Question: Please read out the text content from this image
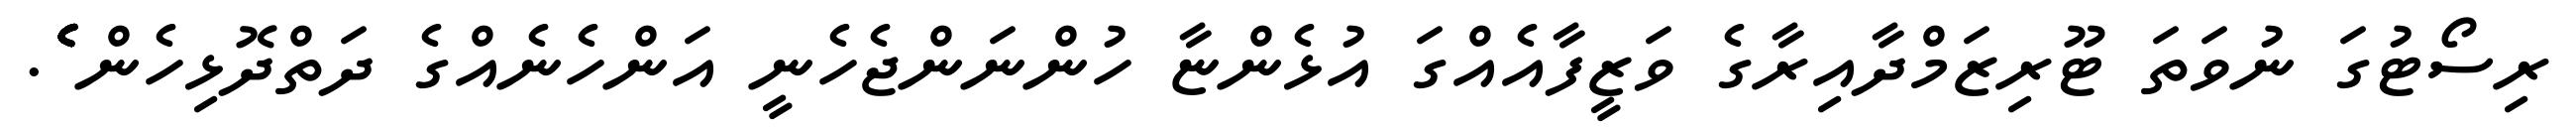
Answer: ރިސޯޓުގަ ނުވަތަ ޓޫރިޒަމްދާއިރާގެ ވަޒީފާއެއްގަ އުޅެންޏާ ހުންނަންޖެހެނީ އަންހެނެއްގެ ދަތްދޮޅިހެން ެެެެެެެެެެެެެެެެެ.